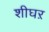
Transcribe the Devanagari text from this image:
शीघऱ